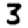
Digit: 3